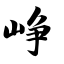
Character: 峥